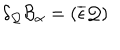
\delta _ { \mathcal { Q } } \mathcal { B } _ { \alpha } = ( \overline { { { \epsilon } } } \mathcal { Q } )